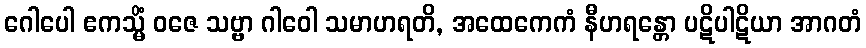
ဂေါပေါ ဧကသ္မိံ ဝဇေ သဗ္ဗာ ဂါဝေါ သမာဟရတိ, အထေကေကံ နီဟရန္တော ပဋိပါဋိယာ အာဂတံ